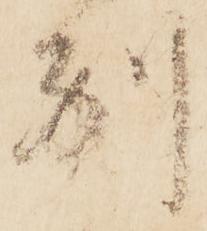
別